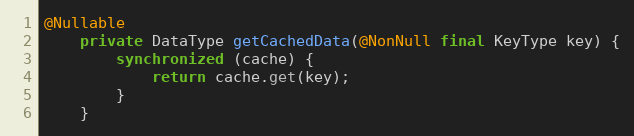
Language: Java
@Nullable
    private DataType getCachedData(@NonNull final KeyType key) {
        synchronized (cache) {
            return cache.get(key);
        }
    }